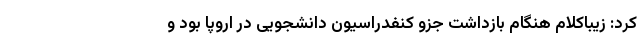
کرد: زیباکلام هنگام بازداشت جزو کنفدراسیون دانشجویی در اروپا بود و